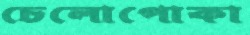
চেলোপোকা